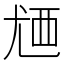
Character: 𬡸